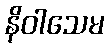
နိဝါသေမ